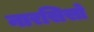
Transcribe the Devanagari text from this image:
नारसिसो